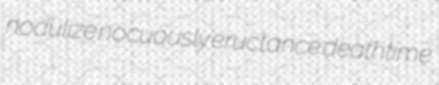
nodulize nocuously eructance deathtime